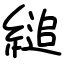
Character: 縋